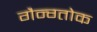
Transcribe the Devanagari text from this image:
गैन्ग्तोक